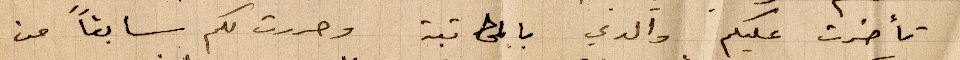
تأخرت عليكم والدي بالمكاتبة وحررت لكم سابقًا من